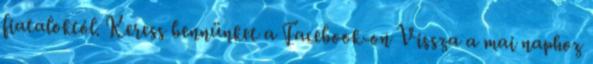
fiataloktól. Keress bennünket a Facebook-on Vissza a mai naphoz